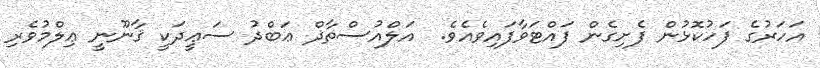
އަހަރުގެ ފަހުކޮޅުން ފެށިގެން ފައްޓަވާފައިވެއެވެ.  އަލްއުސްތާޛް ޢަބްދު ސަޢީދަކީ ޤާނޫނީ ޢިލްމުވެރި